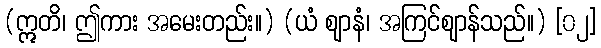
(ဣတိ၊ ဤကား အမေးတည်း။) (ယံ ဈာနံ၊ အကြင်ဈာန်သည်။) [၀၂]